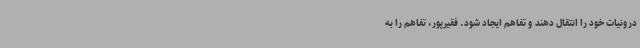
درونیات خود را انتقال دهند و تفاهم ایجاد شود. فقیرپور، تفاهم را به